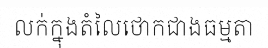
លក់ក្នុងតំលៃថោកជាងធម្មតា